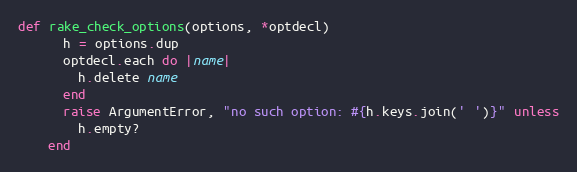
Language: Ruby
def rake_check_options(options, *optdecl)
      h = options.dup
      optdecl.each do |name|
        h.delete name
      end
      raise ArgumentError, "no such option: #{h.keys.join(' ')}" unless
        h.empty?
    end